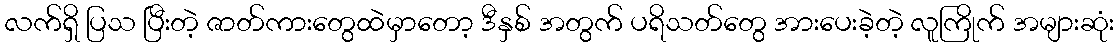
လက်ရှိ ပြသ ပြီးတဲ့ ဇာတ်ကားတွေထဲမှာတော့ ဒီနှစ် အတွက် ပရိသတ်တွေ အားပေးခဲ့တဲ့ လူကြိုက် အများဆုံး